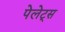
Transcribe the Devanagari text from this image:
पेलेट्स